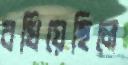
বখিয়েছিলে